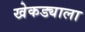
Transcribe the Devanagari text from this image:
खेकड्याला